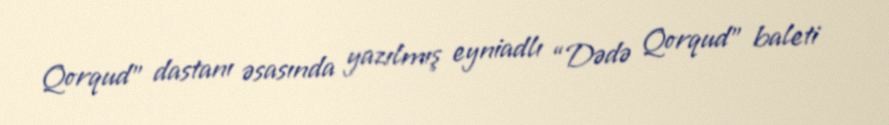
Qorqud” dastanı əsasında yazılmış eyniadlı “Dədə Qorqud” baleti